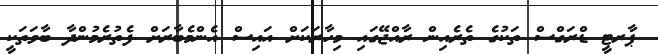
ޕާރޓީ ޑްރަގްސް ތަކުގެ ތެރެއިން ރާއްޖޭގައި މިހާރަކަށް އައިސް އެންމެބާރަށް ފެތުރެމުންދާ ބާވަތަކީ